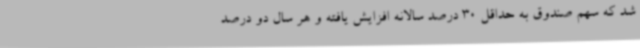
شد که سهم صندوق به حداقل 30 درصد سالانه افزایش یافته و هر سال دو درصد